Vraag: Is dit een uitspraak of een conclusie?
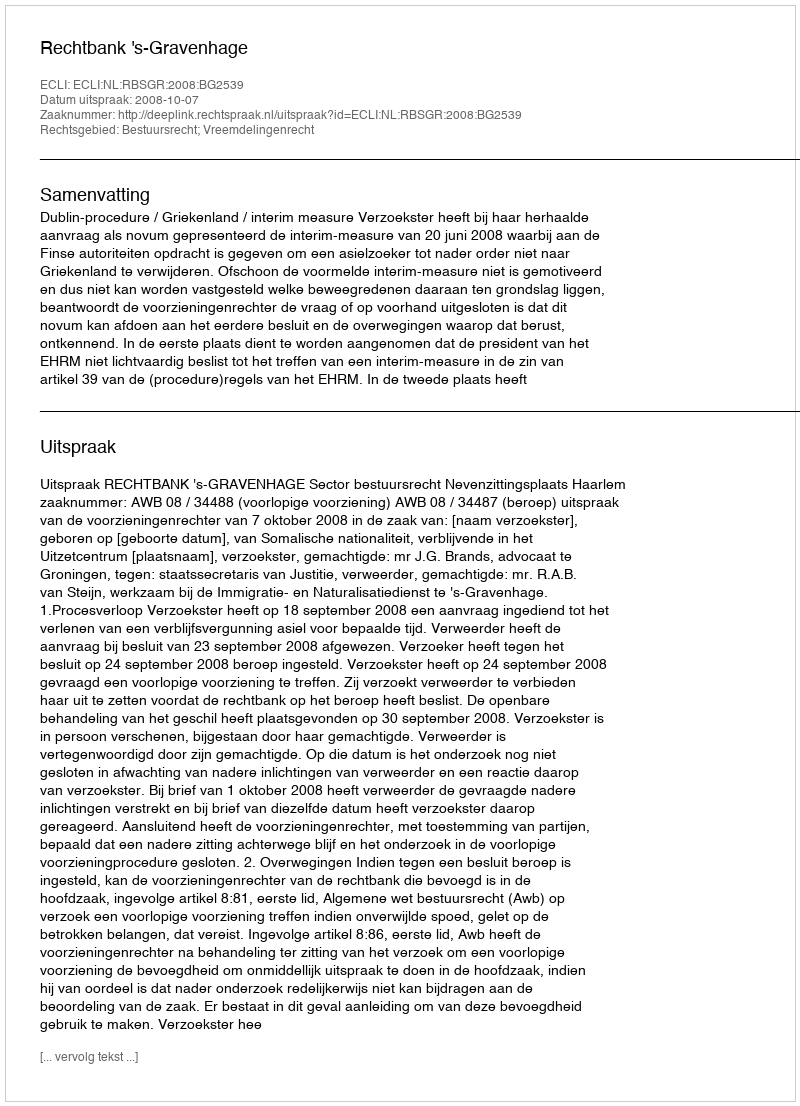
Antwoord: Uitspraak